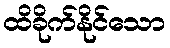
ထိခိုက်နိုင်သော